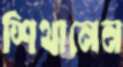
শিথানেন